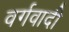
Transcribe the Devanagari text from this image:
वर्गवादी